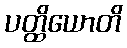
ပတ္ထိယောတိ